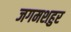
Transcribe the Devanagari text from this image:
जगमशहुर